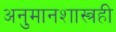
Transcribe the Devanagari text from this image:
अनुमानशास्त्रही